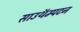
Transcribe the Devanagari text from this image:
साउथॅम्पटन